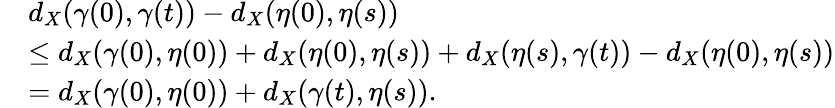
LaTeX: \begin{array}{rl}&{d_{X}(\gamma(0),\gamma(t))-d_{X}(\eta(0),\eta(s))}\\ &{\leq d_{X}(\gamma(0),\eta(0))+d_{X}(\eta(0),\eta(s))+d_{X}(\eta(s),\gamma(t))-d_{X}(\eta(0),\eta(s))}\\ &{=d_{X}(\gamma(0),\eta(0))+d_{X}(\gamma(t),\eta(s)).}\end{array}